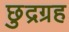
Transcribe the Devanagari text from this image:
छुद्रग्रह